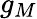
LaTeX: g_{M}